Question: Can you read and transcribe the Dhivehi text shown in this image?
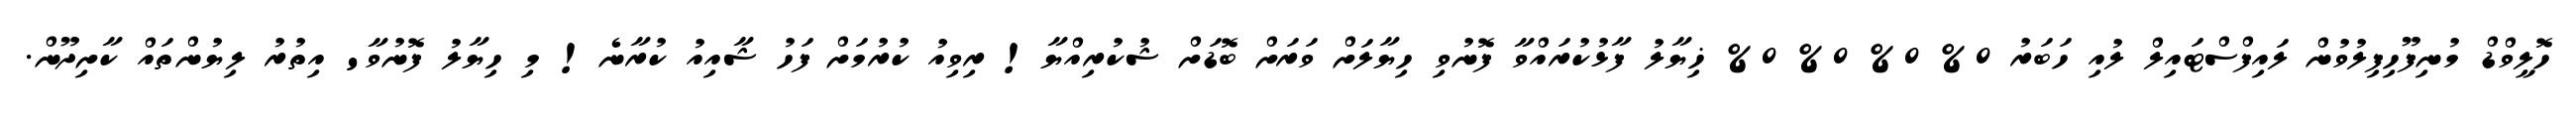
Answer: ހޮލީވްޑް މުނިފޫހިފިލުވުން ލައިފްސްޓައިލް ލުއި ހަބަރު 0% 0% 0% 0% ޚިޔާލު ފާޅުކުރައްވާ ފޮނުވި ހިޔާލަށް ވަރަށް ބޮޑަށް ޝުކުރިއްޔާ! ރިވިއު ކުރުމަށް ފަހު ޝާއިއު ކުރާނެ! މި ހިޔާލު ފޮނުވާ' އިތުރު ލިޔުންތައް ކާށިދޫން.